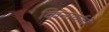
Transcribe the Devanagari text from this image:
किनार्याचे